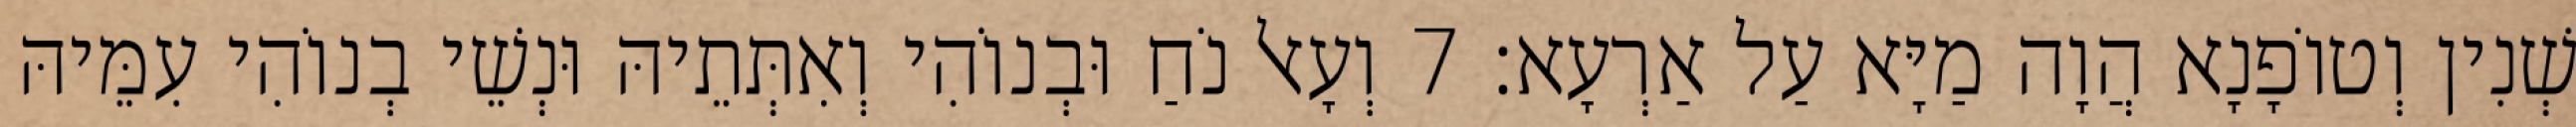
שְׁנִין וְטוֹפָנָא הֲוָה מַיָּא עַל אַרְעָא׃ 7 וְעָאל נֹחַ וּבְנוֹהִי וְאִתְּתֵיהּ וּנְשֵׁי בְנוֹהִי עִמֵּיהּ